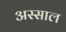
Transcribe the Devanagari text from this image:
अस्साल